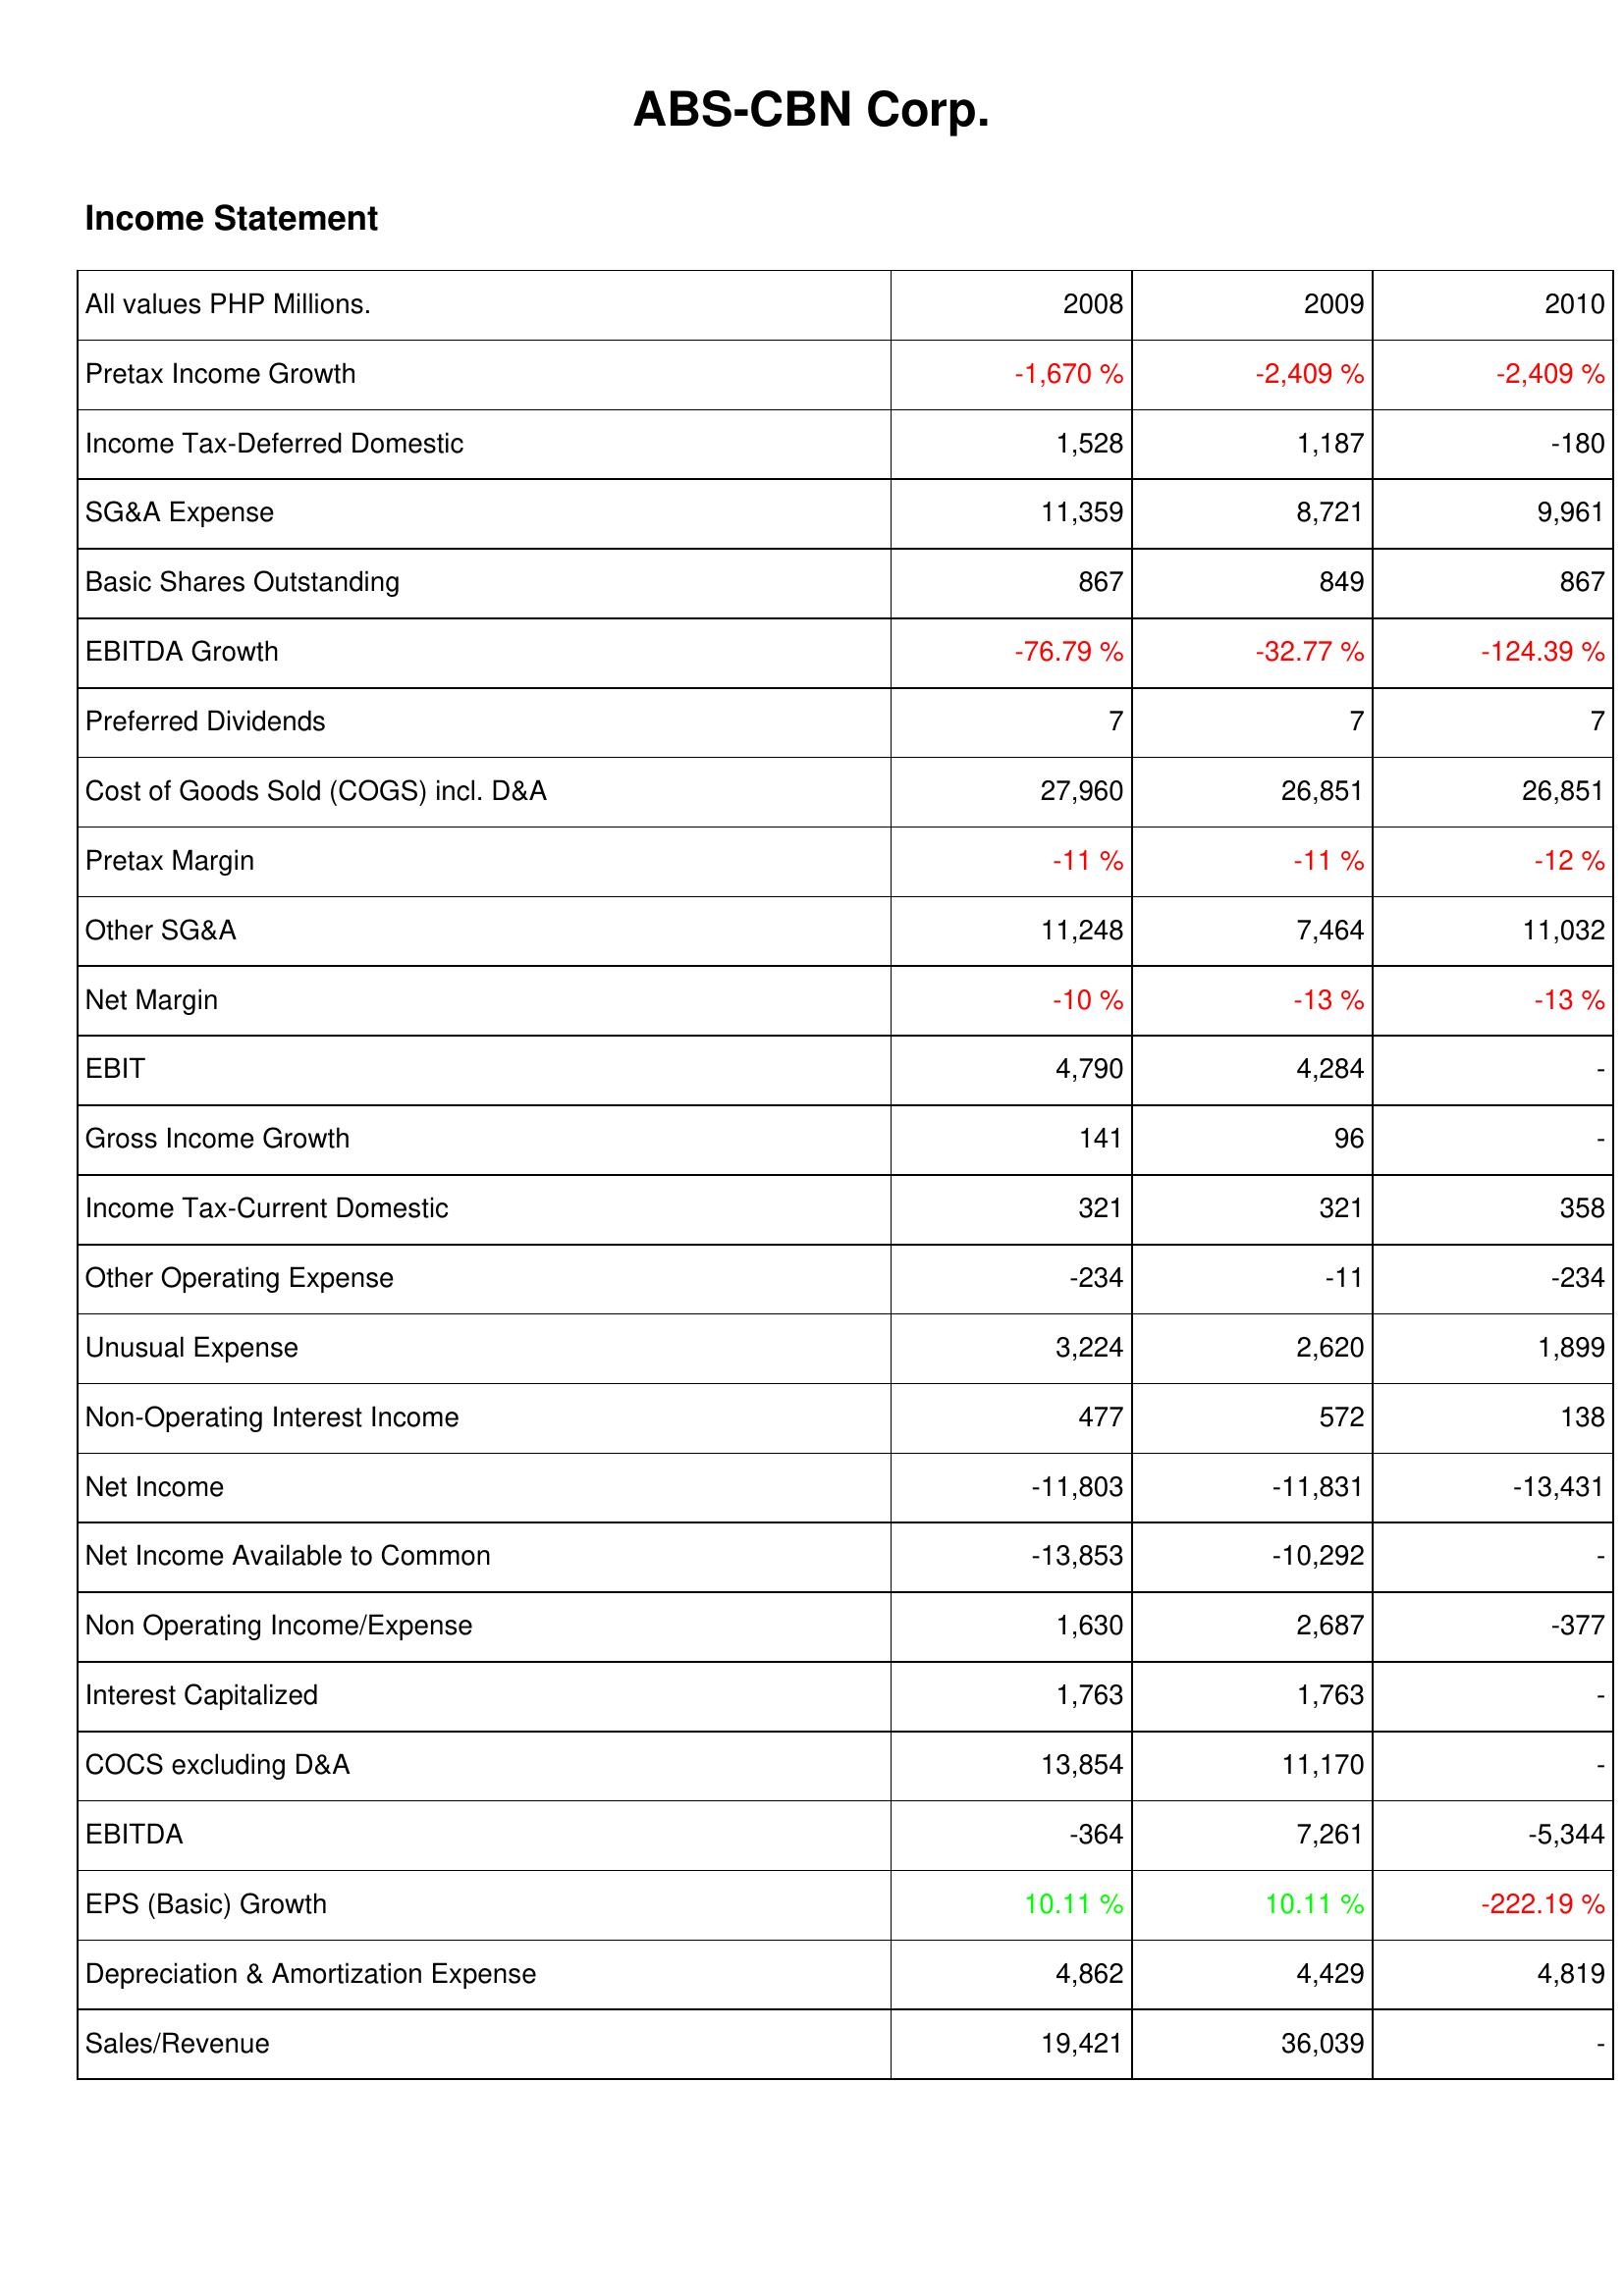
2008: Income Statement: Pretax Income Growth: -1,670 %
Income Tax-Deferred Domestic: 1,528
SG&A Expense: 11,359
Basic Shares Outstanding: 867
EBITDA Growth: -76.79 %
Preferred Dividends: 7
Cost of Goods Sold (COGS) incl. D&A: 27,960
Pretax Margin: -11 %
Other SG&A: 11,248
Net Margin: -10 %
EBIT: 4,790
Gross Income Growth: 141
Income Tax-Current Domestic: 321
Other Operating Expense: -234
Unusual Expense: 3,224
Non-Operating Interest Income: 477
Net Income: -11,803
Net Income Available to Common: -13,853
Non Operating Income/Expense: 1,630
Interest Capitalized: 1,763
COCS excluding D&A: 13,854
EBITDA: -364
EPS (Basic) Growth: 10.11 %
Depreciation & Amortization Expense: 4,862
Sales/Revenue: 19,421
2009: Income Statement: Pretax Income Growth: -2,409 %
Income Tax-Deferred Domestic: 1,187
SG&A Expense: 8,721
Basic Shares Outstanding: 849
EBITDA Growth: -32.77 %
Preferred Dividends: 7
Cost of Goods Sold (COGS) incl. D&A: 26,851
Pretax Margin: -11 %
Other SG&A: 7,464
Net Margin: -13 %
EBIT: 4,284
Gross Income Growth: 96
Income Tax-Current Domestic: 321
Other Operating Expense: -11
Unusual Expense: 2,620
Non-Operating Interest Income: 572
Net Income: -11,831
Net Income Available to Common: -10,292
Non Operating Income/Expense: 2,687
Interest Capitalized: 1,763
COCS excluding D&A: 11,170
EBITDA: 7,261
EPS (Basic) Growth: 10.11 %
Depreciation & Amortization Expense: 4,429
Sales/Revenue: 36,039
2010: Income Statement: Pretax Income Growth: -2,409 %
Income Tax-Deferred Domestic: -180
SG&A Expense: 9,961
Basic Shares Outstanding: 867
EBITDA Growth: -124.39 %
Preferred Dividends: 7
Cost of Goods Sold (COGS) incl. D&A: 26,851
Pretax Margin: -12 %
Other SG&A: 11,032
Net Margin: -13 %
EBIT: -
Gross Income Growth: -
Income Tax-Current Domestic: 358
Other Operating Expense: -234
Unusual Expense: 1,899
Non-Operating Interest Income: 138
Net Income: -13,431
Net Income Available to Common: -
Non Operating Income/Expense: -377
Interest Capitalized: -
COCS excluding D&A: -
EBITDA: -5,344
EPS (Basic) Growth: -222.19 %
Depreciation & Amortization Expense: 4,819
Sales/Revenue: -